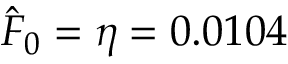
\hat { F } _ { 0 } = \eta = 0 . 0 1 0 4